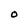
Character: O